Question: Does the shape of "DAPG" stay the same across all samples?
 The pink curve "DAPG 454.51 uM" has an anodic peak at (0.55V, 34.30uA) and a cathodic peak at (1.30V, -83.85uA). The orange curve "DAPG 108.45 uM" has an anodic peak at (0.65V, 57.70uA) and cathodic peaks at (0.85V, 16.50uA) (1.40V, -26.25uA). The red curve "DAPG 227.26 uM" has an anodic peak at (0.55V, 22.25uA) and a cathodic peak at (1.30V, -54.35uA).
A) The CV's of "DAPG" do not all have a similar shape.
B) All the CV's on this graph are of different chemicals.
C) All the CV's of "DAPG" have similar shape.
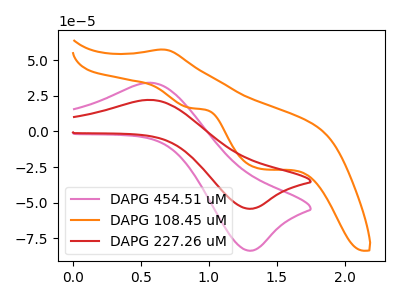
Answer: <think>"DAPG 454.51 uM" and "DAPG 108.45 uM" have a different number of peaks. All the peaks in "DAPG 454.51 uM" have a peak in "DAPG 227.26 uM" at the same potential. Every peak in "DAPG 454.51 uM" is higher than every peak in "DAPG 227.26 uM". "DAPG 108.45 uM" and "DAPG 227.26 uM" have a different number of peaks.
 </think>
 <answer>C) All the CV's of "DAPG" have similar shape.</answer>
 <eval>C</eval>